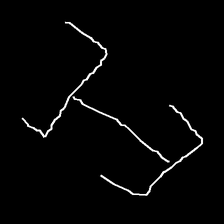
Glyph: entwine